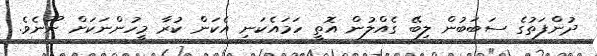
ދުންފަތުގެ ސަބަބުން ލިބޭ ގެއްލުން އޮތީ ހަމައެކަނި އެކަން ކުރާ މީހުންނަކަށް ނޫނެވެ.